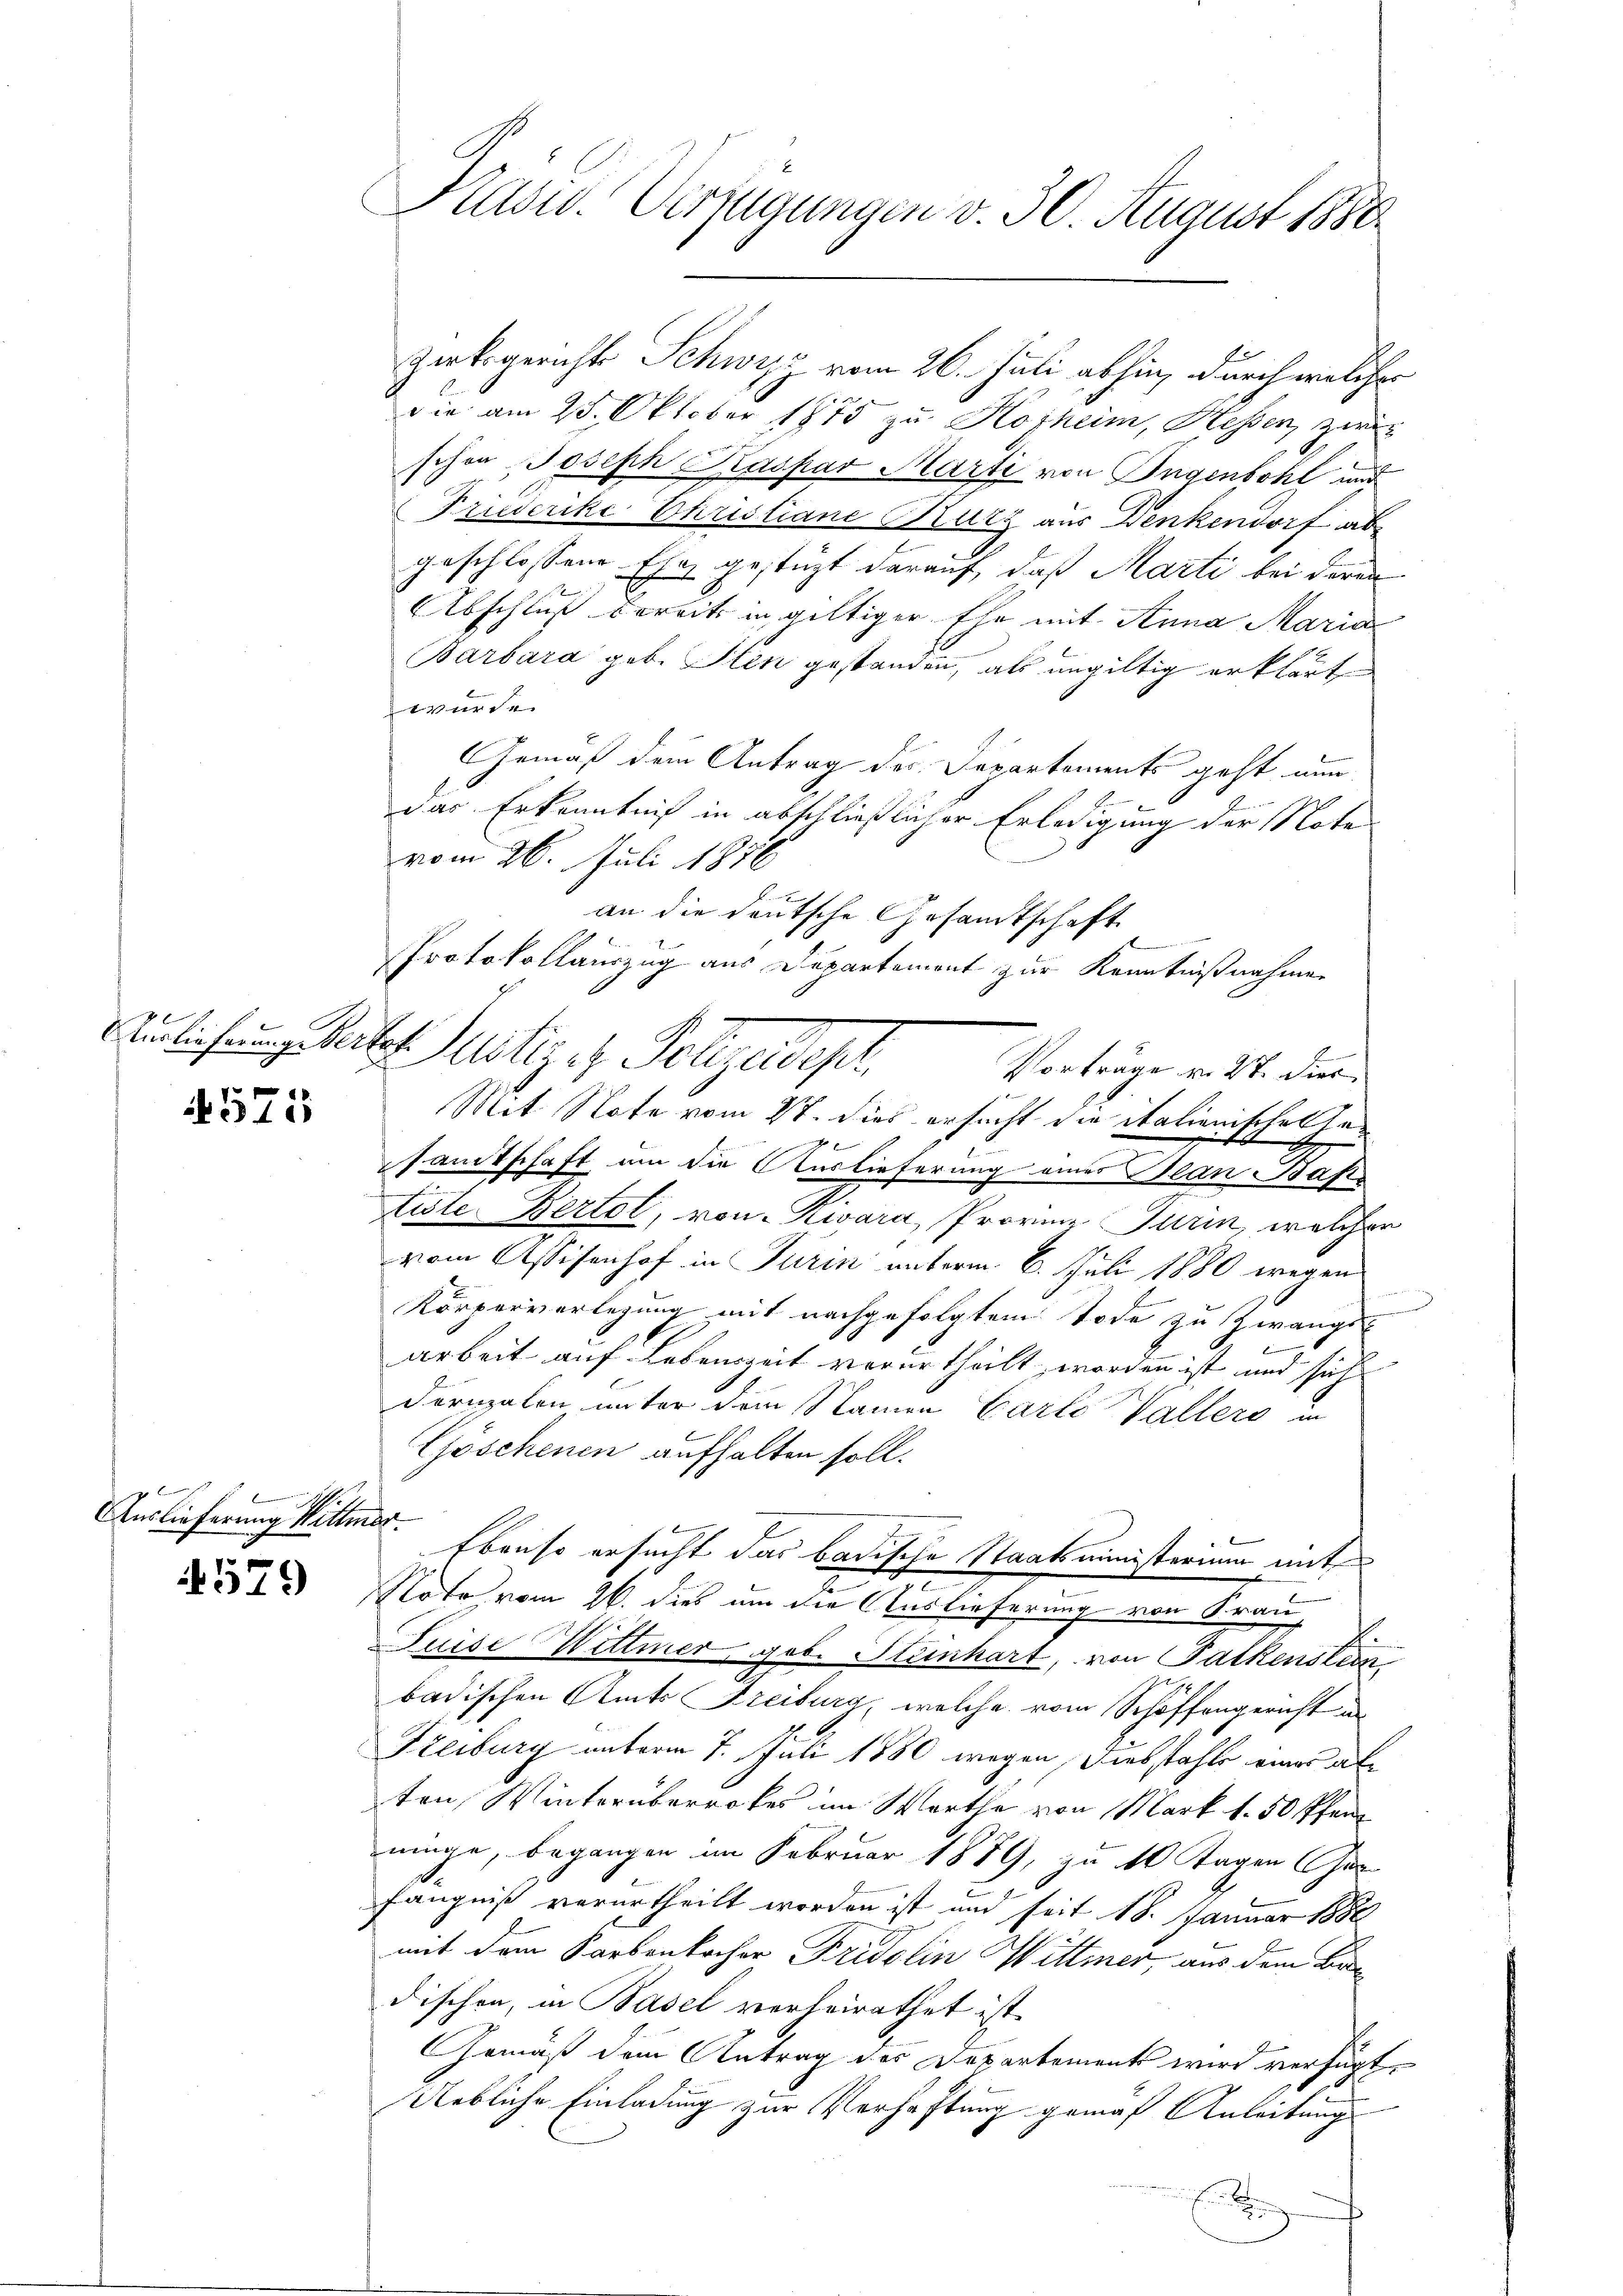
4575

2
Auslieferung Wittmer

4579

Kasu. Verfügungen v. 30. August 1880

Zirksgerichts Schwyz vom 26. Juli abhin, durch welcher
die am 25. Oktober 1875 zu Kosheim, Hessen, zei
schon Joseph Kaspar Marti von Ingenbohl und
Friederike Christiane Kurz aus Denkendorf abe
geschlossene Ehe gestützt darauf, daß Marti bei deren
Abschluß bereits in gültiger Ehe mit Anna Maria
Barbara geb. Iten gestanden, als ungültig erklärt
wurde.
Gemäß dem Antrag des Departements geht nun
das Erkenntniß in abschließlicher Erledigung der Note
vom 26. Juli 1876
an die deutsche Gesandtschaft
Protokollauszug aus Departement zur Kenntnißnahmen
Aunlichung Seiten Mistiget. Polizeidesl
d
Vorträge v. 27. Dier.
Mit Note vom 2t. dies ersucht die italienischen Gesamtschaft um die Auslieferung eines Blan Base
tiste Bertol, von Zwara, Provinz Turin, welcher
vom Assisenhof in Turin unterm 6. Juli 1880 wegen
Körperverlegung mit nachgefolgtem Tode zu Zwangs
.
arbeit auf Lebenszeit verurtheilt, worden ist und sich
Dörnzalen unter dem Namen Carlo Vallers in
Göschenen aufhalten soll.
Ebenso ersucht das badische Staatsministerium mit
Rote vom 26. dies um die Auslieferung von Frau,
.
Fuise Wittmer, geb. Stenhart, von Falkenstein
badischen Amts Freiburg, welche vom Schöffengericht an
Steiburg unterm 7. Juli 1880 wegen Diebstahle eines abe
ten Winterüberrotes im Worthe von Mark 1.50 Pfenn
minge, begangen im Februar 1889, zu 10 Tagen Ge
fängniß verurtheilt worden ist und seit 18. Januar 1888
mit dem Sarbenkocher Fridolin Wittmer, aus dem Badischen, in Basel verheirathet ist.
Gemäß dem Antrag des Departement wird verfügt,
Uebliche Einladung zur Verhaftung gemäß Anleitung